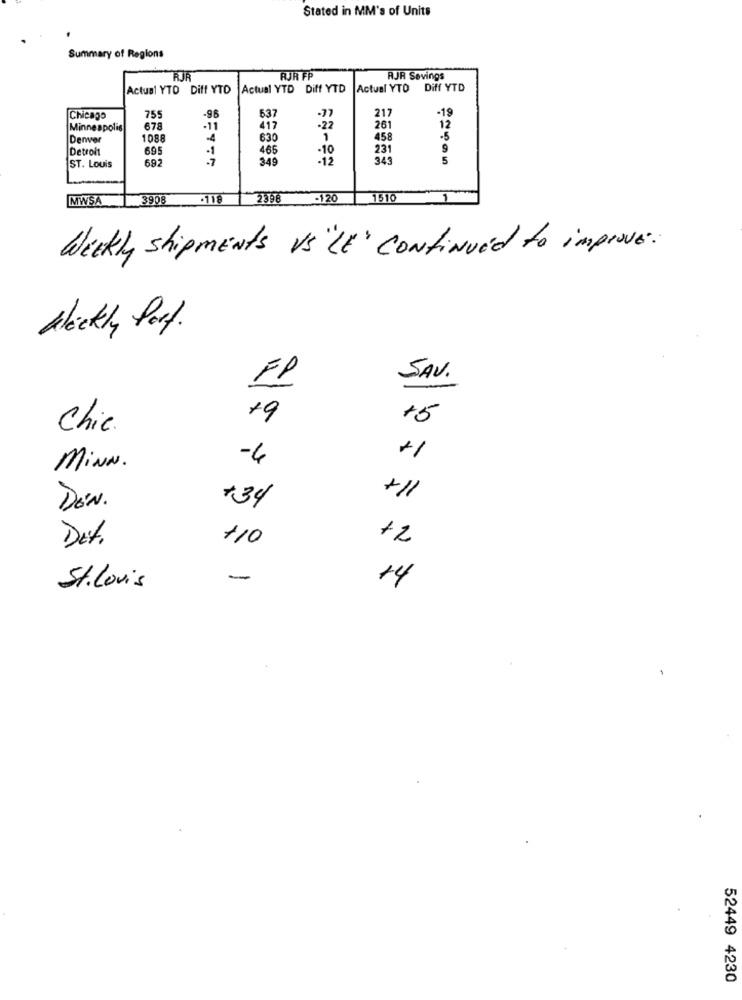
Stated in MM's of Units
Summary of Regions
RJR
RUR FP
RJR Savings
Actual YTO Diff YTD
Actual YTD Diff YTD
Actual YTO Diff YTD
217
-19
Chicago
755
-96
637
Minneapolis
678
-11
417
261
12
Denver
1088
-4
630
1
458
-5
Detroit
695
-1
465
-10
231
9
692
349
-12
343
5
ST. Louis
MWSA
3908
.118
2398
-120
1510
1
WEEKly shipments vs "LE" continued to improve .
Weekly Port .
SAV.
F1
+9
+5
Chic.
-4
MiNN.
+11
DEN.
34
Det.
110
+2
-
14
St.Louis
52449 4230